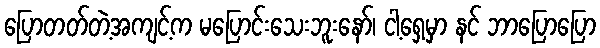
ပြောတတ်တဲ့အကျင့်က မပြောင်းသေးဘူးနော်၊ ငါ့ရှေ့မှာ နင် ဘာပြောပြော